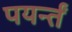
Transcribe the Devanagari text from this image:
पयर्न्तं